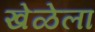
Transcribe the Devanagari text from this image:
खेळेला